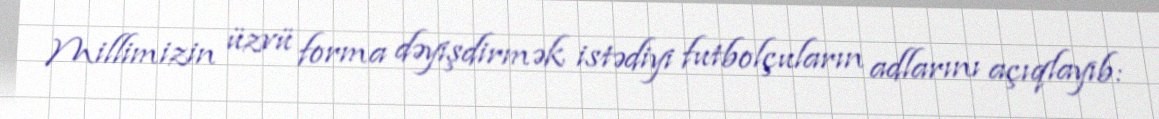
Millimizin üzvü forma dəyişdirmək istədiyi futbolçuların adlarını açıqlayıb: